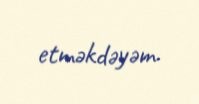
etməkdəyəm.